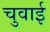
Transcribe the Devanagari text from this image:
चुवाई